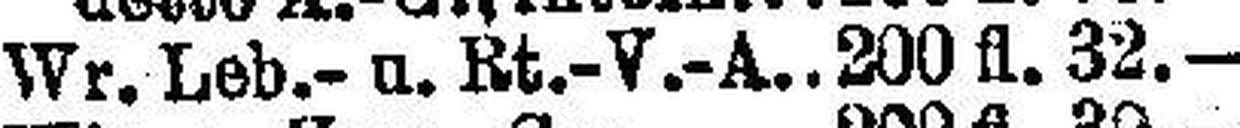
Wr. Leb.- u. Rt.-V.-A 200 fl. 32.—